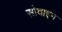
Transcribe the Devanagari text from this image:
सोवाइन